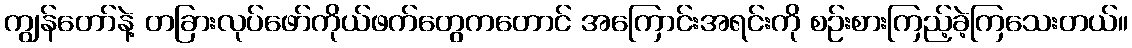
ကျွန်တော်နဲ့ တခြားလုပ်ဖော်ကိုယ်ဖက်တွေကတောင် အကြောင်းအရင်းကို စဉ်းစားကြည့်ခဲ့ကြသေးတယ်။